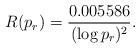
LaTeX: \begin{align*}R(p_r)=\frac{0.005586}{(\log p_r)^2}.\end{align*}